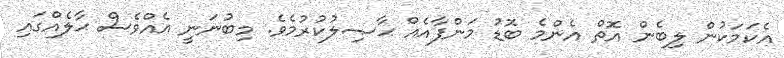
އެކަމަކުން ލިބެން އޮތް އެންމެ ބޮޑު މަންފާއެއް ޙާޞިލުކުރުމެވެ. މިބުނަނީ އެއްވެސް ޙާލެއްގައި